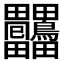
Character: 𤴒